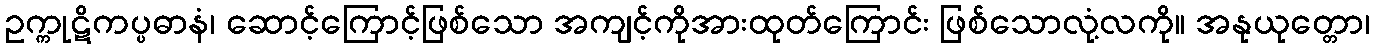
ဥက္ကုဋိကပ္ပဓာနံ၊ ဆောင့်ကြောင့်ဖြစ်သော အကျင့်ကိုအားထုတ်ကြောင်း ဖြစ်သောလုံ့လကို။ အနုယုတ္တော၊